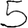
Digit: 5